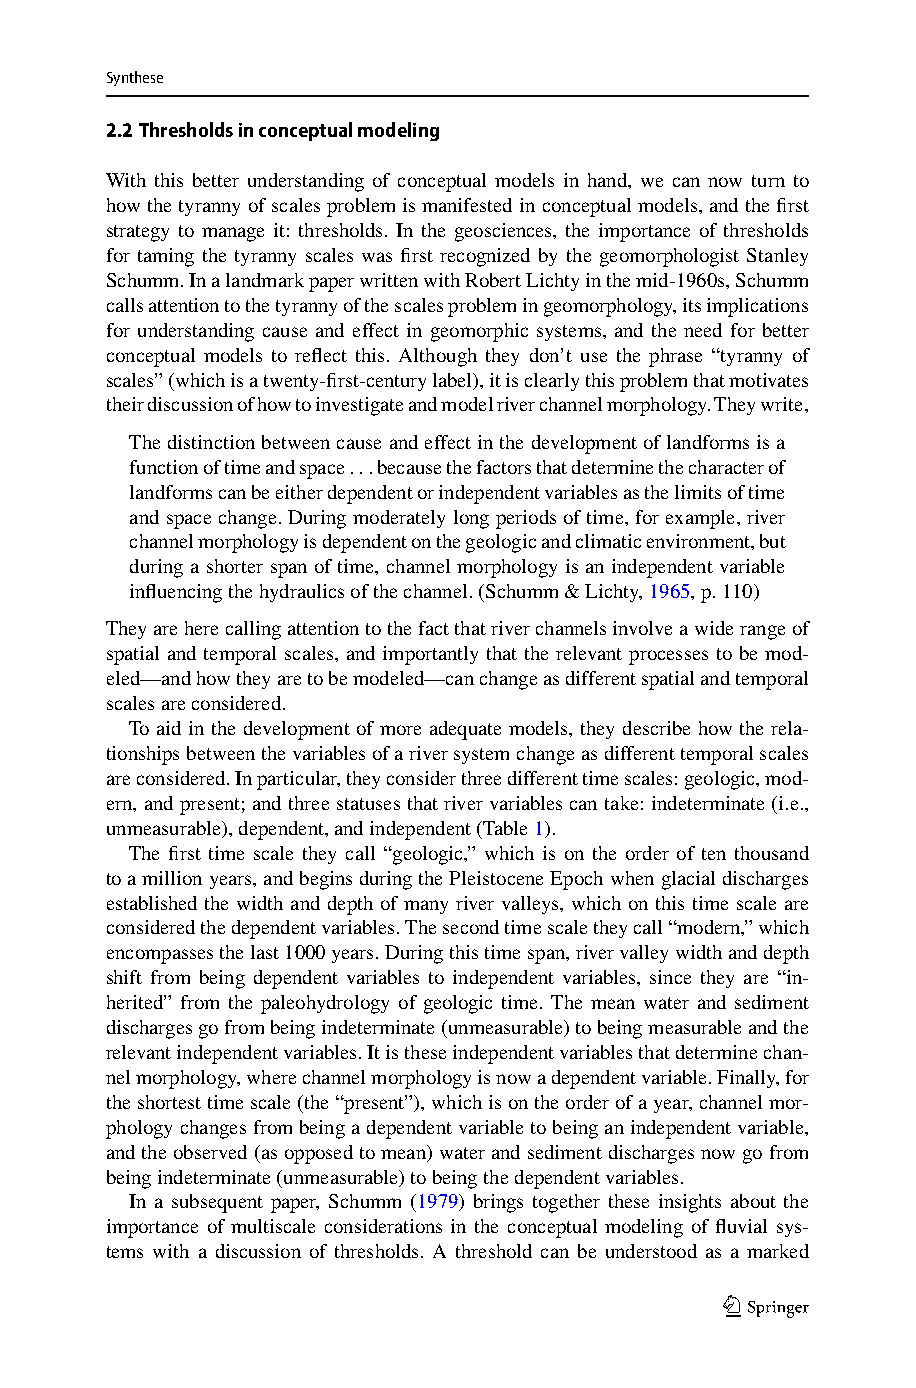
Synthese
 2.2 Thresholdsinconceptualmodeling
 With this better understanding of conceptual models in hand, we can now turn to
 howthetyrannyofscalesproblemismanifestedinconceptualmodels,andthefirst
 strategy to manage it: thresholds. In the geosciences, the importance of thresholds
 for taming the tyranny scales was first recognized by the geomorphologist Stanley
 Schumm.InalandmarkpaperwrittenwithRobertLichtyinthemid-1960s,Schumm
 callsattentiontothetyrannyofthescalesproblemingeomorphology,itsimplications
 for understanding cause and effect in geomorphic systems, and the need for better
 conceptual models to reflect this. Although they don’t use the phrase “tyranny of
 scales”(whichisatwenty-first-centurylabel),itisclearlythisproblemthatmotivates
 theirdiscussionofhowtoinvestigateandmodelriverchannelmorphology.Theywrite,
 Thedistinctionbetweencauseandeffectinthedevelopmentoflandformsisa
 functionoftimeandspace...becausethefactorsthatdeterminethecharacterof
 landformscanbeeitherdependentorindependentvariablesasthelimitsoftime
 andspacechange. Duringmoderatelylongperiodsoftime,forexample,river
 channelmorphologyisdependentonthegeologicandclimaticenvironment,but
 during a shorter span of time, channel morphology is an independent variable
 influencingthehydraulicsofthechannel.(Schumm&Lichty,1965,p.110)
 Theyareherecallingattentiontothefactthatriverchannelsinvolveawiderangeof
 spatial and temporal scales, and importantly that the relevant processes to be mod-
 eled—andhowtheyaretobemodeled—canchangeasdifferentspatialandtemporal
 scalesareconsidered.
 To aid in the development of more adequate models, they describe how the rela-
 tionshipsbetweenthevariablesofariversystemchangeasdifferenttemporalscales
 areconsidered.Inparticular,theyconsiderthreedifferenttimescales:geologic,mod-
 ern,and present; and three statuses thatriver variables can take: indeterminate (i.e.,
 unmeasurable),dependent,andindependent(Table1).
 The first time scale they call “geologic,” which is on the order of ten thousand
 toamillionyears,andbeginsduringthePleistoceneEpochwhenglacialdischarges
 established the width and depth of many river valleys, which on this time scale are
 consideredthedependentvariables.Thesecondtimescaletheycall“modern,”which
 encompassesthelast1000years.Duringthistimespan,rivervalleywidthanddepth
 shift from being dependent variables to independent variables, since they are “in-
 herited” from the paleohydrology of geologic time. The mean water and sediment
 dischargesgofrombeingindeterminate(unmeasurable)tobeingmeasurableandthe
 relevantindependentvariables.Itistheseindependentvariablesthatdeterminechan-
 nelmorphology,wherechannelmorphologyisnowadependentvariable.Finally,for
 theshortesttimescale(the“present”),whichisontheorderofayear,channelmor-
 phologychangesfrombeingadependentvariabletobeinganindependentvariable,
 andtheobserved(asopposedtomean)waterandsedimentdischargesnowgofrom
 beingindeterminate(unmeasurable)tobeingthedependentvariables.
 In a subsequent paper, Schumm (1979) brings together these insights about the
 importance of multiscale considerations in the conceptual modeling of fluvial sys-
 tems with a discussion of thresholds. A threshold can be understood as a marked
 123